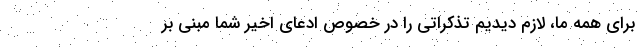
برای همه ما، لازم دیدیم تذکراتی را در خصوص ادعای اخیر شما مبنی بر